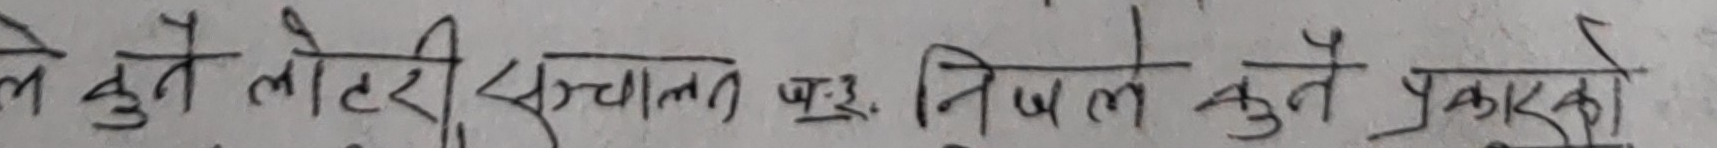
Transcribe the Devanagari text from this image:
ले कुनै लोटरी संचालन ५१. निजले कुनै प्रकारको